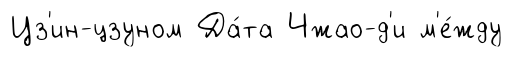
Цз'ин-цзуном Да́та Чжао-д'и м'е́жду